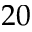
2 0